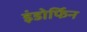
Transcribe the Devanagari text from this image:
इंडोर्फिन